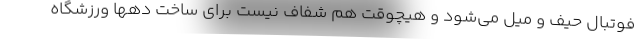
فوتبال حیف و میل می‌شود و هیچوقت هم شفاف نیست برای ساخت دهها ورزشگاه